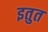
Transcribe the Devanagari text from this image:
इतुत